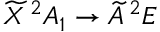
\widetilde { X } \, ^ { 2 } A _ { 1 } \rightarrow \widetilde { A } \, ^ { 2 } E